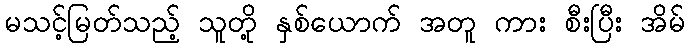
မသင့်မြတ်သည့် သူတို့ နှစ်ယောက် အတူ ကား စီးပြီး အိမ်